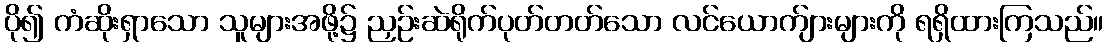
ပို၍ ကံဆိုးရှာသော သူများအဖို့၌ ညှဉ်းဆဲရိုက်ပုတ်တတ်သော လင်ယောက်ျားများကို ရရှိထားကြသည်။